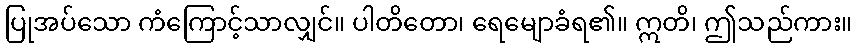
ပြုအပ်သော ကံကြောင့်သာလျှင်။ ပါတိတော၊ ရေမျောခံရ၏။ ဣတိ၊ ဤသည်ကား။